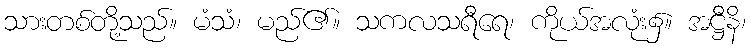
သားတစ်တို့သည်။ မံသံ၊ မည်၏။ သကလသရီရေ၊ ကိုယ်အလုံး၌။ အဋ္ဌီနိ၊